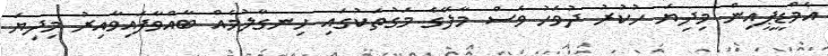
އެމްޑީޕީއިން މިދިޔަ ހުކުރު ދުވަހު ވެސް މާލޭގެ މަގުތަކުގައި ހިނގާލުމެއް ބާއްވާފައިވާއިރު މިދިޔަ